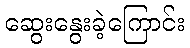
ဆွေးနွေးခဲ့ကြောင်း